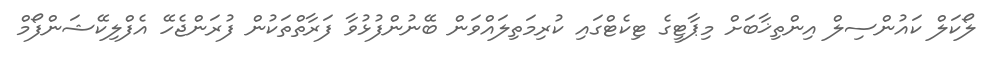
ލޯކަލް ކައުންސިލް އިންތިޚާބަށް މިޕާޓީގެ ޓިކެޓްގައި ކުރިމަތިލައްވަން ބޭނުންފުޅުވާ ފަރާތްތަކުން ފުރަންޖެހޭ އެފްލިކޭޝަންފޯމް